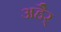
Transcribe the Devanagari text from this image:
अहैर्